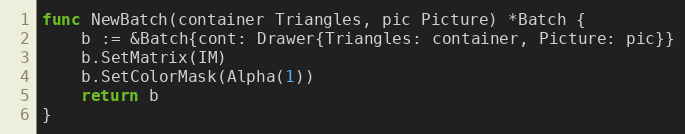
Language: Go
func NewBatch(container Triangles, pic Picture) *Batch {
	b := &Batch{cont: Drawer{Triangles: container, Picture: pic}}
	b.SetMatrix(IM)
	b.SetColorMask(Alpha(1))
	return b
}